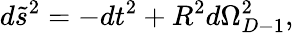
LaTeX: d\tilde{s}^{2}=-dt^{2}+R^{2}d\Omega_{D-1}^{2},